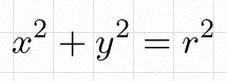
x^2+y^2=r^2